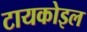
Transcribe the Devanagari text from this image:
टायकोइल